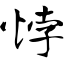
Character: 悖